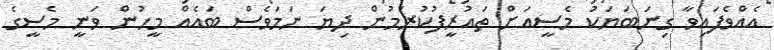
އެއްވެފައިވާ ގިނަބަޔަކު މެސީއަށް ތައުރީފުކުރަމުން ދިޔަ ނަމަވެސް ބައެއް މީހުން ވަނީ މެސީގެ